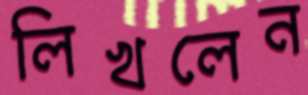
লিখলেন